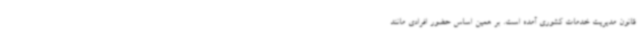
قانون مدیریت خدمات کشوری آمده است. بر همین‌ اساس حضور افرادی مانند